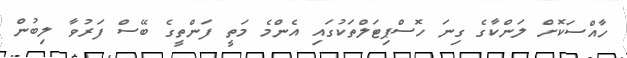
ހާއްސަކޮށް ލަންކާގެ ގިނަ ހޮސްޕިޓަލްތަކުގައި އެންމެ މަތީ ފަންތީގެ ބޭސް ފަރުވާ ލިބުން